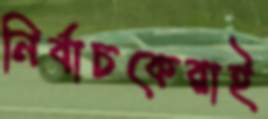
নির্বাচকেরাই